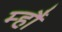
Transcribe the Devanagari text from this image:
म्हौं